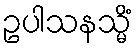
ဥပါသနသ္မိံ